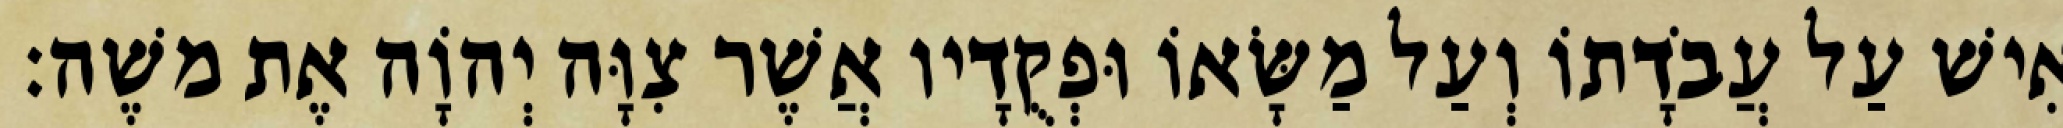
אִישׁ עַל עֲבֹדָתוֹ וְעַל מַשָּׂאוֹ וּפְקֻדָיו אֲשֶׁר צִוָּה יְהוָֹה אֶת משֶׁה׃